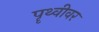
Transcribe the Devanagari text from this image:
पॄथ्वीवर